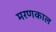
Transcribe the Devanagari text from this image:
मरणकाल